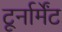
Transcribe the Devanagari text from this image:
टूर्नार्मेंट